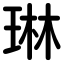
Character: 琳